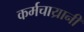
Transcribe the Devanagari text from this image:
कर्मचाय्रानी